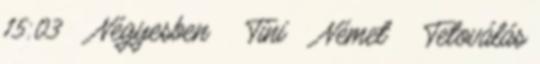
15:03 ▪ Négyesben ▪ Tini ▪ Német ▪ Tetoválás